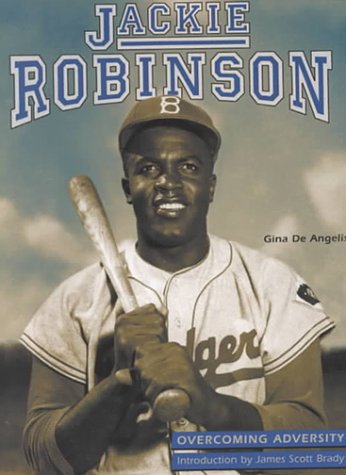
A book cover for Jackie Robinson: Baseball Legend (Overcoming Adversity); Gina DeAngelis; Teen & Young Adult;